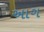
અાગ